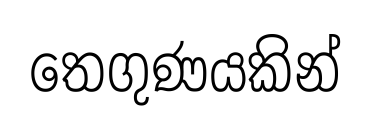
තෙගුණයකින්